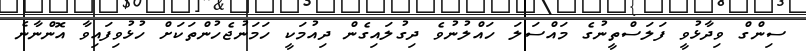
ސިންގް ވިދާޅުވީ ފަލަސްތީނުގެ މައްސަލަ ހައްލުނުވެ ދިގުލައިގެން ދިއުމަކީ ހަމަނުޖެހުންތަކަށް ހުޅުވިފައިވާ އޮންނާނެ